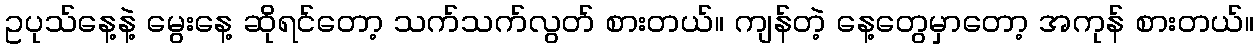
ဥပုသ်နေ့နဲ့ မွေးနေ့ ဆိုရင်တော့ သက်သက်လွတ် စားတယ်။ ကျန်တဲ့ နေ့တွေမှာတော့ အကုန် စားတယ်။